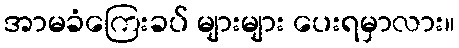
အာမခံကြေးခပ် များများ ပေးရမှာလား။